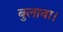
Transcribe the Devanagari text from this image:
बुलावा।